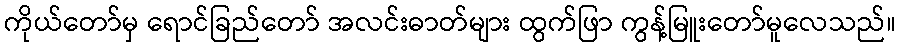
ကိုယ်တော်မှ ရောင်ခြည်တော် အလင်းဓာတ်များ ထွက်ဖြာ ကွန့်မြူးတော်မူလေသည်။